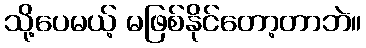
သို့ပေမယ့် မဖြစ်နိုင်တော့တာဘဲ။